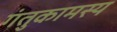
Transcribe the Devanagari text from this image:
गंतुकामस्य